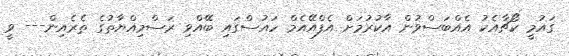
ގައުމީ ކޯޗާއެކު އެއްބަސްވުން އާކުރުމަށް އެފްއޭއެމް ހައުސްގައި ބޭއްވި ރަސްމިއްޔާތުގެ ތެރެއިން--- ވީ